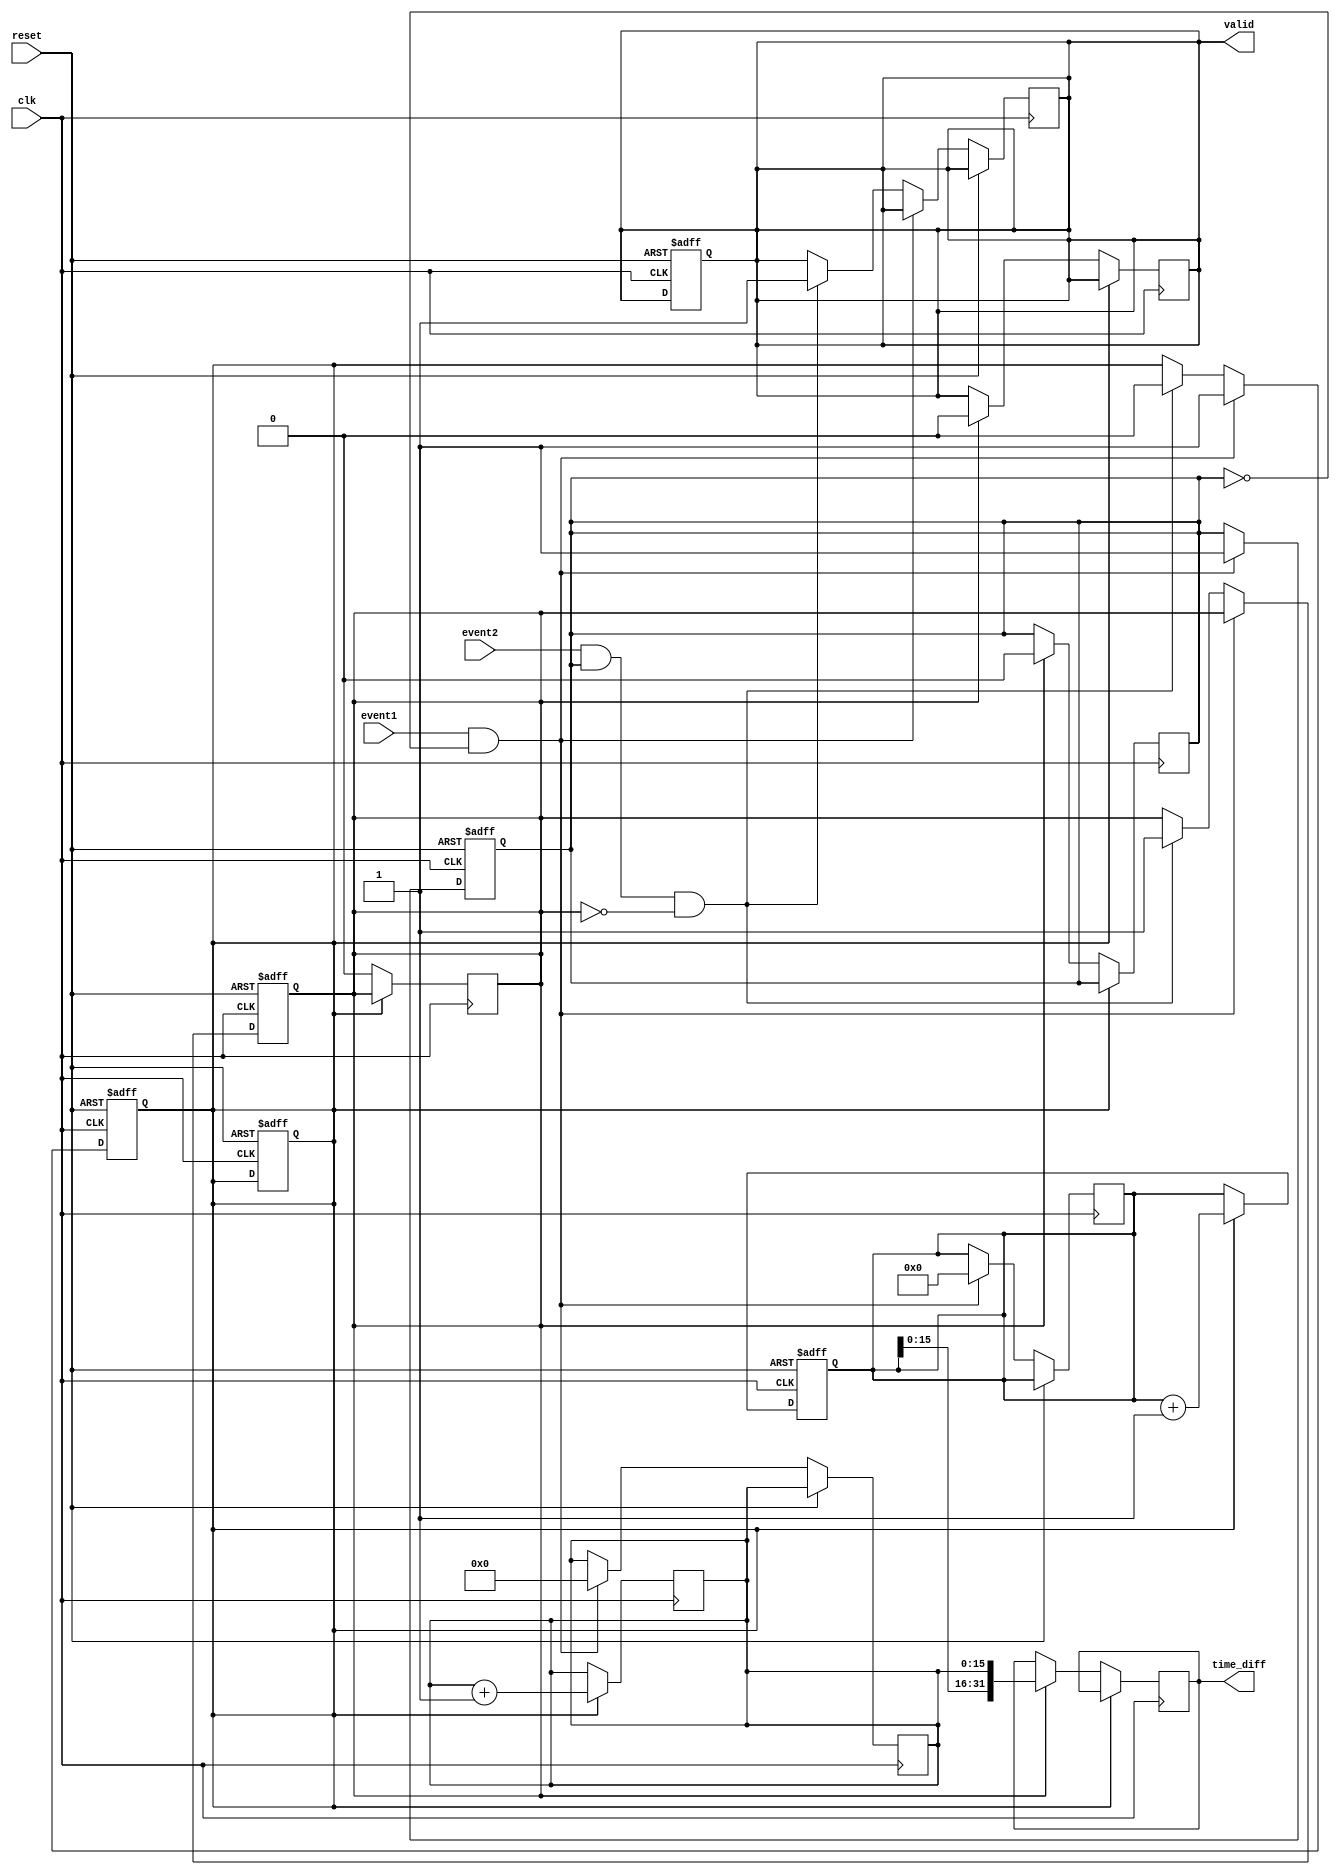
module TDC (
    input wire clk,                // High-frequency clock signal
    input wire reset,              // Reset signal
    input wire event1,             // First event input
    input wire event2,             // Second event input
    output reg [31:0] time_diff,   // Time difference output
    output reg valid               // Output valid signal
);

    // Parameters
    parameter COARSE_MAX = 32'hFFFFFFFF; // Maximum value for coarse counter
    parameter DELAY_LINE_SIZE = 16;       // Size of the delay line for fine measurement

    // Internal signals
    reg [31:0] coarse_counter;             // Coarse counter
    reg [DELAY_LINE_SIZE-1:0] delay_line;  // Delay line for fine measurement
    reg [DELAY_LINE_SIZE-1:0] fine_counter; // Fine measurement counter
    reg event1_detected, event2_detected;  // Event detection flags
    reg measuring;                          // Measurement in progress

    // Coarse Counter
    always @(posedge clk or posedge reset) begin
        if (reset) begin
            coarse_counter <= 0;
            measuring <= 0;
            valid <= 0;
        end else if (measuring) begin
            coarse_counter <= coarse_counter + 1;
        end
    end

    // Event Detection
    always @(posedge clk or posedge reset) begin
        if (reset) begin
            event1_detected <= 0;
            event2_detected <= 0;
            measuring <= 0;
        end else begin
            if (event1 && !event1_detected) begin
                event1_detected <= 1;
                measuring <= 1; // Start measuring on first event
                coarse_counter <= 0; // Reset coarse counter
                fine_counter <= 0; // Reset fine counter
            end else if (event2 && event1_detected && !event2_detected) begin
                event2_detected <= 1;
                measuring <= 0; // Stop measuring on second event
                valid <= 1; // Mark output as valid
            end
        end
    end

    // Fine Measurement using Delay Line
    always @(posedge clk) begin
        if (measuring) begin
            // Shift the delay line and increment fine counter
            delay_line <= {delay_line[DELAY_LINE_SIZE-2:0], 1'b1}; // Sample the delay line
            fine_counter <= fine_counter + 1; // Increment fine counter
        end else if (event2_detected) begin
            // Combine coarse and fine measurements
            time_diff <= {coarse_counter, fine_counter[DELAY_LINE_SIZE-1:0]};
            event1_detected <= 0; // Reset event detection flags
            event2_detected <= 0;
            valid <= 0; // Reset valid signal for next measurement
        end
    end

endmodule